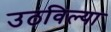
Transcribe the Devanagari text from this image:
उठविल्या